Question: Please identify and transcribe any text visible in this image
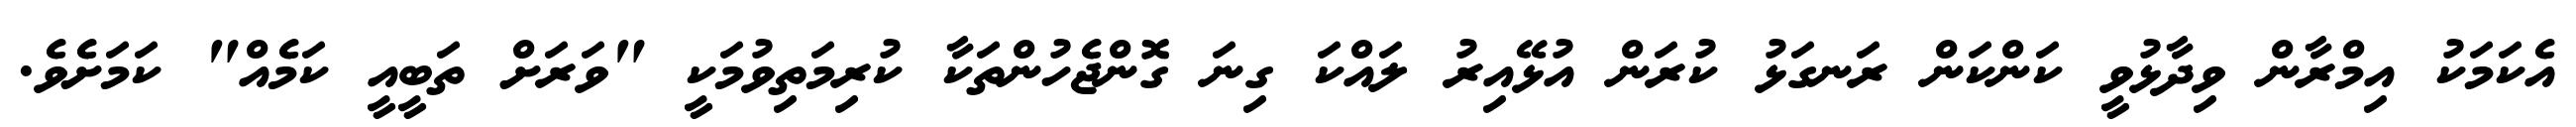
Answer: އެކަމަކު އިމްރާން ވިދާޅުވީ ކަންކަން ރަނގަޅު ކުރަން އުޅޭއިރު ލައްކަ ގިނަ ގޮންޖެހުންތަކާ ކުރިމަތިވުމަކީ "ވަރަށް ތަބީއީ ކަމެއް" ކަމަށެވެ.